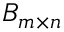
B _ { m \times n }